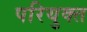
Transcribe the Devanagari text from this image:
परियुक्त